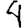
Digit: 4